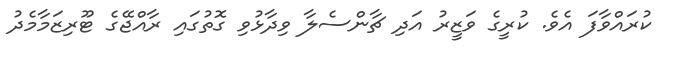
ކުރައްވާފަ އެވެ. ކުރީގެ ވަޒީރު އަދި ޗާންސެލާ ވިދާޅުވި ގޮތުގައި ރާއްޖޭގެ ޓޫރިޒަމާމެދު